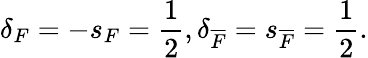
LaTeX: \delta_{F}=-s_{F}=\frac{1}{2},\delta_{\overline{{F}}}=s_{\overline{{F}}}=\frac{1}{2}.